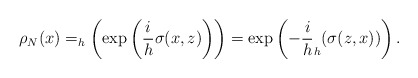
\begin{align*}\rho_N(x)=_h\left(\exp\left(\frac{i}{h}\sigma(x,z)\right)\right)=\exp\left(-\dfrac{i}{h}_h(\sigma(z,x))\right).\end{align*}